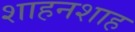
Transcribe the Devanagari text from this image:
शाहनशाह